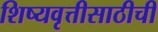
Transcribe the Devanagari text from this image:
शिष्यवृत्तीसाठीची